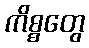
ကိစ္စတွေ